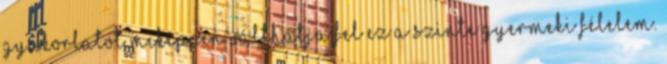
gyakorlatot miképpen válthatja fel ez a szinte gyermeki félelem.